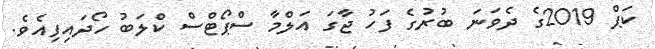
ކަޕް 2019ގެ ދެވަނަ ބުރުގެ ފަހު ޖާގަ އަލްމާ ސްޕޯޓްސް ކްލަބު ހޯދައިފިއެވެ.